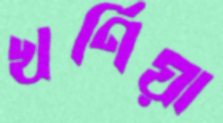
খর্ণিয়া